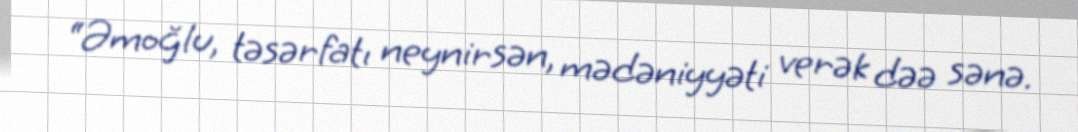
“Əmoğlu, təsərfatı neynirsən, mədəniyyəti verək dəə sənə.